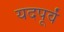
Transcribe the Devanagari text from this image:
यदपूर्वं